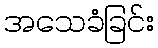
အသေခံခြင်း